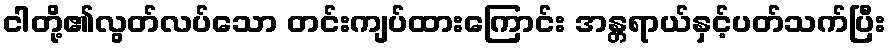
ငါတို့၏လွတ်လပ်သော တင်းကျပ်ထားကြောင်း အန္တရာယ်နှင့်ပတ်သက်ပြီး